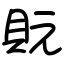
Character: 貦